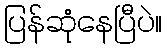
ပြန်ဆုံနေပြီပဲ။